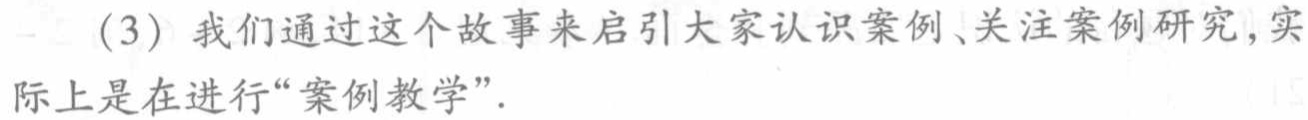
（3）我们通过这个故事来启引大家认识案例、关注案例研究，实际上是在进行“案例教学”.